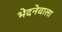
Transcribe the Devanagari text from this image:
भेदनेवाला